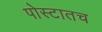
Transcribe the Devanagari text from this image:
पोस्टातच